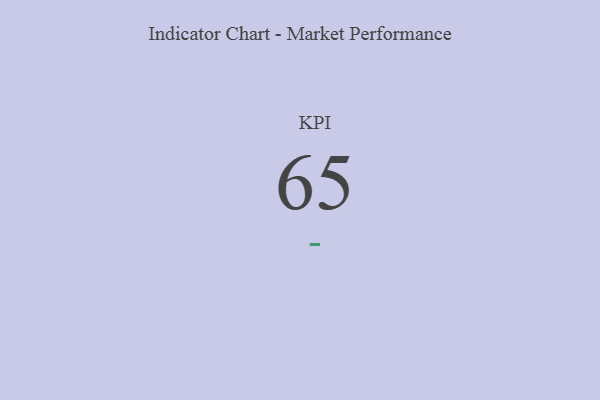
{"axis": {"x": "KPI", "y": "Value"}, "legend": [""], "data": [{"x": "KPI", "y": 65, "type": ""}]}